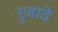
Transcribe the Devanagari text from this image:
रुजावे